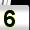
Digit: 5